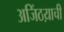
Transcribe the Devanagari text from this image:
अजिंठय़ाची